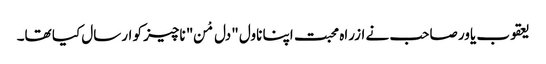
یعقوب یاور صاحب نے ازراہ محبت اپنا ناول "دل مْن" ناچیز کو ارسال کیا تھا۔